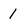
Character: 1